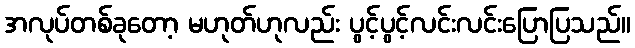
အလုပ်တစ်ခုတော့ မဟုတ်ဟုလည်း ပွင့်ပွင့်လင်းလင်းပြောပြသည်။